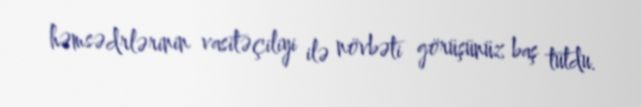
həmsədrlərinin vasitəçiliyi ilə növbəti görüşünüz baş tutdu.